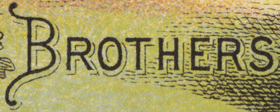
BROTHERS